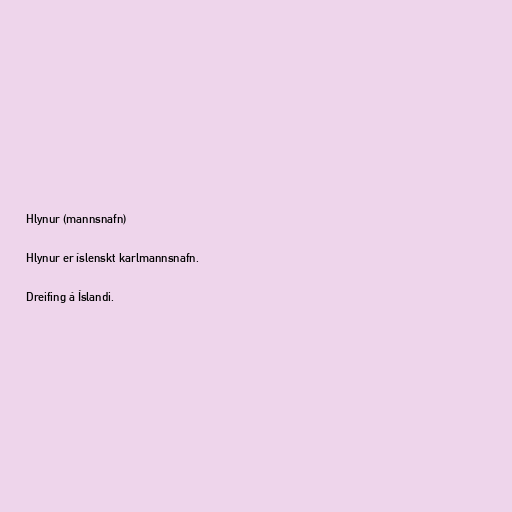
Hlynur (mannsnafn)

Hlynur er íslenskt karlmannsnafn.

Dreifing á Íslandi.